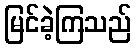
မြင်ခဲ့ကြသည်